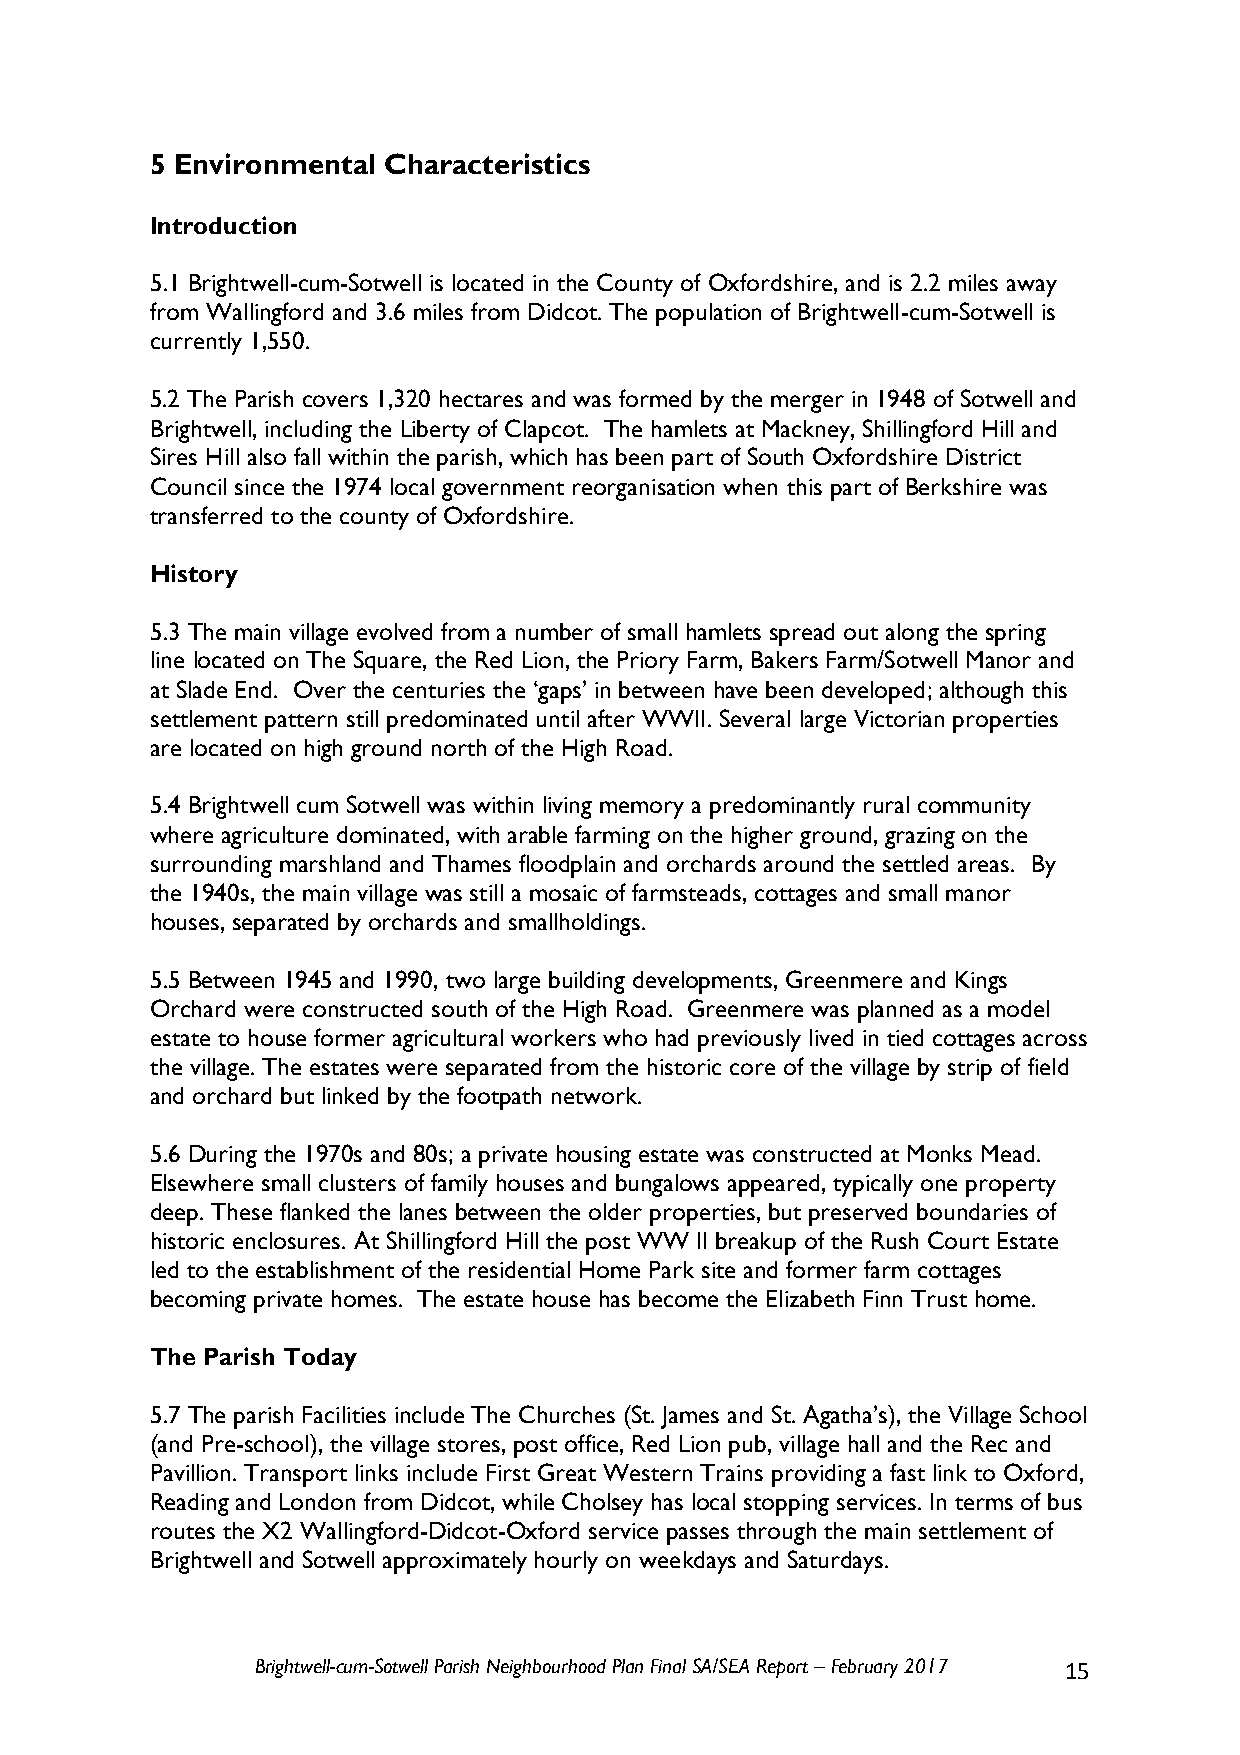
5 Environmental Characteristics
 Introduction
 5.1 Brightwell-cum-Sotwell is located in the County of Oxfordshire, and is 2.2 miles away
 from Wallingford and 3.6 miles from Didcot. The population of Brightwell-cum-Sotwell is
 currently 1,550.
 5.2 The Parish covers 1,320 hectares and was formed by the merger in 1948 of Sotwell and
 Brightwell, including the Liberty of Clapcot. The hamlets at Mackney, Shillingford Hill and
 Sires Hill also fall within the parish, which has been part of South Oxfordshire District
 Council since the 1974 local government reorganisation when this part of Berkshire was
 transferred to the county of Oxfordshire.
 History
 5.3 The main village evolved from a number of small hamlets spread out along the spring
 line located on The Square, the Red Lion, the Priory Farm, Bakers Farm/Sotwell Manor and
 at Slade End. Over the centuries the ‘gaps’ in between have been developed; although this
 settlement pattern still predominated until after WWII. Several large Victorian properties
 are located on high ground north of the High Road.
 5.4 Brightwell cum Sotwell was within living memory a predominantly rural community
 where agriculture dominated, with arable farming on the higher ground, grazing on the
 surrounding marshland and Thames floodplain and orchards around the settled areas. By
 the 1940s, the main village was still a mosaic of farmsteads, cottages and small manor
 houses, separated by orchards and smallholdings.
 5.5 Between 1945 and 1990, two large building developments, Greenmere and Kings
 Orchard were constructed south of the High Road. Greenmere was planned as a model
 estate to house former agricultural workers who had previously lived in tied cottages across
 the village. The estates were separated from the historic core of the village by strip of field
 and orchard but linked by the footpath network.
 5.6 During the 1970s and 80s; a private housing estate was constructed at Monks Mead.
 Elsewhere small clusters of family houses and bungalows appeared, typically one property
 deep. These flanked the lanes between the older properties, but preserved boundaries of
 historic enclosures. At Shillingford Hill the post WW II breakup of the Rush Court Estate
 led to the establishment of the residential Home Park site and former farm cottages
 becoming private homes. The estate house has become the Elizabeth Finn Trust home.
 The Parish Today
 5.7 The parish Facilities include The Churches (St. James and St. Agatha’s), the Village School
 (and Pre-school), the village stores, post office, Red Lion pub, village hall and the Rec and
 Pavillion. Transport links include First Great Western Trains providing a fast link to Oxford,
 Reading and London from Didcot, while Cholsey has local stopping services. In terms of bus
 routes the X2 Wallingford-Didcot-Oxford service passes through the main settlement of
 Brightwell and Sotwell approximately hourly on weekdays and Saturdays.
 Brightwell-cum-Sotwell Parish Neighbourhood Plan Final SA/SEA Report – February 2017 15